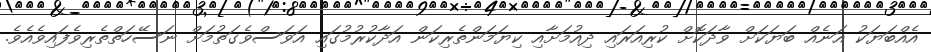
އެއްބަޔަކު އަނެއް ބަޔަކަށް ވާދަކޮށް ކުރިއަރައި ދިއުމަށާއި ކިޔަމަންތެރިކަން އަދާކުރުމުގައި އަވަސްވެގަތުމަށް ނަސޭހަތްތެރިވެފައިވެއެވެ.